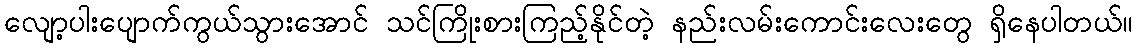
လျော့ပါးပျောက်ကွယ်သွားအောင် သင်ကြိုးစားကြည့်နိုင်တဲ့ နည်းလမ်းကောင်းလေးတွေ ရှိနေပါတယ်။